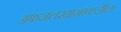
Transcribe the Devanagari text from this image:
अफजलखानाकडील